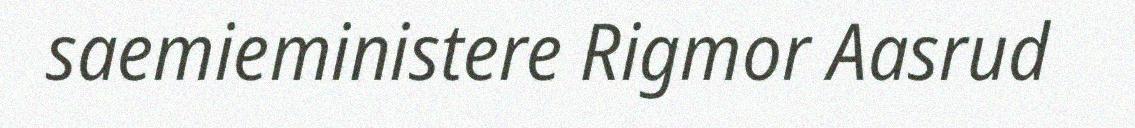
saemieministere Rigmor Aasrud